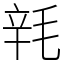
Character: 㲔